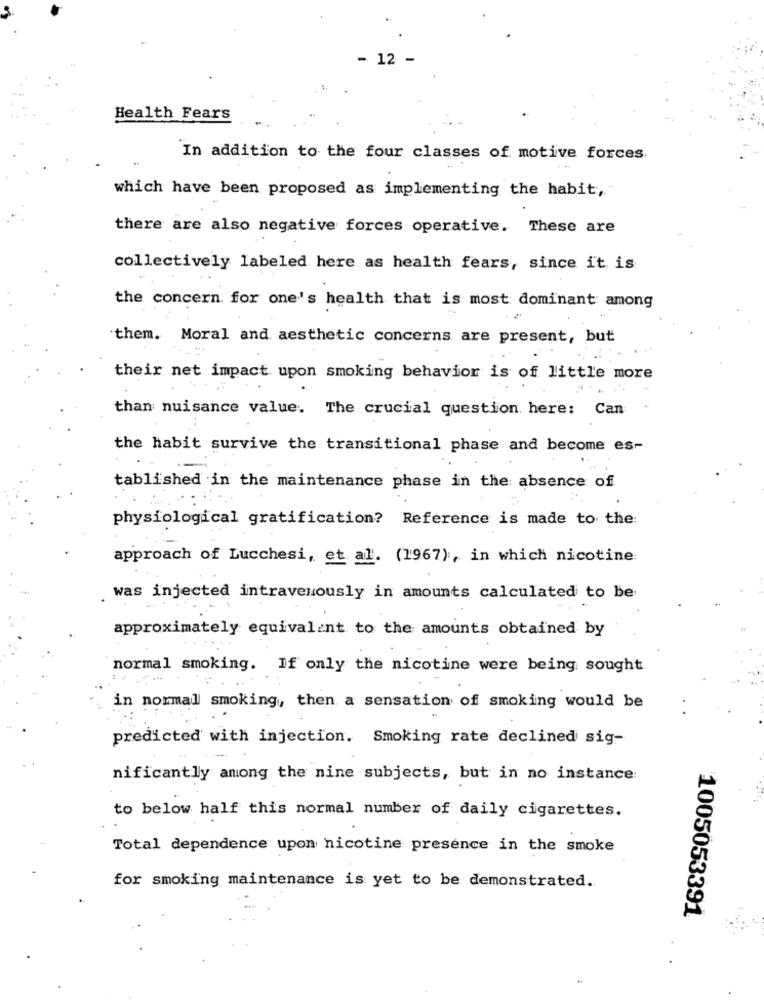
- 12 -
Health Fears
In addition to the four classes of motive forces.
which have been proposed as implementing the habit,
there are also negative forces operative. These are
collectively labeled here as health fears, since it is
the concern for one's health that is most dominant among
them. Moral and aesthetic concerns are present, but
their net impact upon smoking behavior is of little more
than nuisance value. The crucial question here: Can
the habit survive the transitional phase and become es-
tablished in the maintenance phase in the absence of
physiological gratification? Reference is made to the:
approach of Lucchesi, et al. (1967), in which nicotine
was injected intravenously in amounts calculated to be
approximately equivalent to the amounts obtained by
normal smoking. If only the nicotine were being sought
in normal smoking, then a sensation of smoking would be
predicted with injection. Smoking rate declined sig-
nificantly among the nine subjects, but in no instance:
to below half this normal number of daily cigarettes.
Total dependence upon nicotine presence in the smoke
for smoking maintenance is yet to be demonstrated.
1005053391